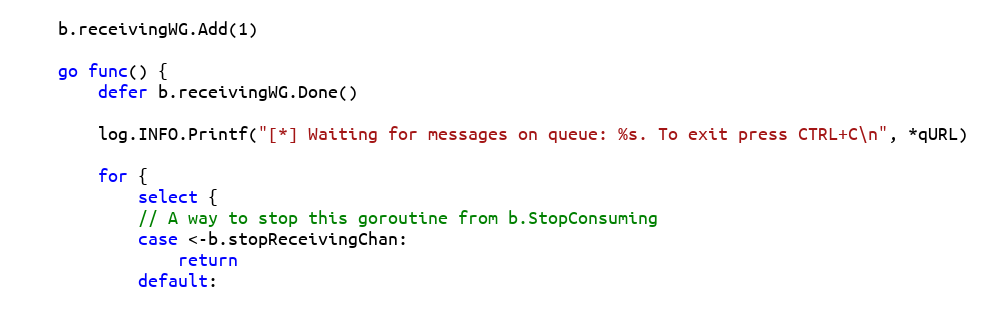
Language: Go
	b.receivingWG.Add(1)

	go func() {
		defer b.receivingWG.Done()

		log.INFO.Printf("[*] Waiting for messages on queue: %s. To exit press CTRL+C\n", *qURL)

		for {
			select {
			// A way to stop this goroutine from b.StopConsuming
			case <-b.stopReceivingChan:
				return
			default: